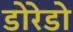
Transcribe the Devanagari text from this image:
डोरेडो